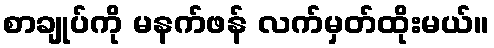
စာချုပ်ကို မနက်ဖန် လက်မှတ်ထိုးမယ်။